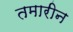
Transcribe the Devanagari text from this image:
तमारीन